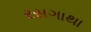
રસગાથા